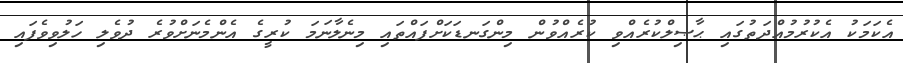
އެކަމަކު އެކުރުމުއްދަތުގައި ޙާޞިލްކުރެއްވި ކުރެއްވުން މިންގަނޑަކަށްފައްތައި މިނެލާނަމަ ކުރީގެ އެންމެނަށްވުރެ ދުވެލި ހަލުވިވެފައި